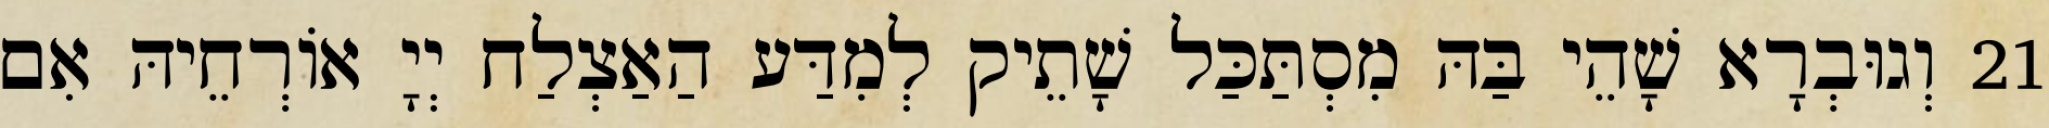
21 וְגוּבְרָא שָׁהֵי בַּהּ מִסְתַּכַּל שָׁתֵיק לְמִדַּע הַאַצְלַח יְיָ אוֹרְחֵיהּ אִם